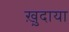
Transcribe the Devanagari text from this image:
ख़ु़दाया